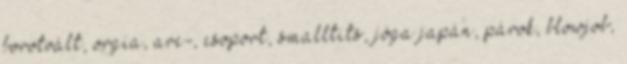
borotvált, orgia, arc-, csoport, smalltits, jóga japán, párok, blowjob,